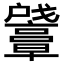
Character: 𪭛